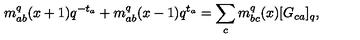
m _ { a b } ^ { q } ( x + 1 ) q ^ { - t _ { a } } + m _ { a b } ^ { q } ( x - 1 ) q ^ { t _ { a } } = \sum _ { c } m _ { b c } ^ { q } ( x ) [ G _ { c a } ] _ { q } ,